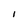
Character: 1